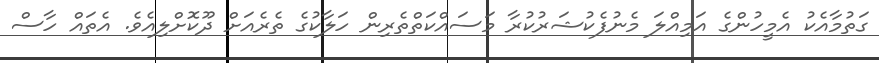
ގަތުމާއެކު އެމީހުންގެ އަމިއްލަ މެނުފެކުޝަރުކުރާ މަސައްކަތްތެރިން ހަލާކުގެ ތެރެއަށް ދޫކޮށްލިއެވެ. އެތައް ހާސް